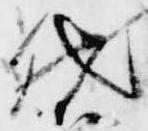
然